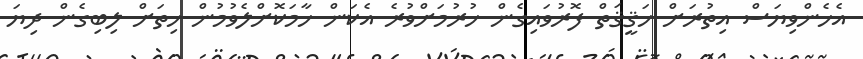
އެހެންވިޔަސް އިތުރަށް ހަޤީޤަތް ފޮރުވައިގެން ހުރުމަށްވުރެ އެކަން ހާމަކޮށްލެވުމުން ހިތަށް ލިބިގެން ދިޔަ